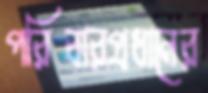
পরিবারপ্রধানের